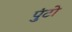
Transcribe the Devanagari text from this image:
पुंटो